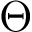
\Theta